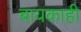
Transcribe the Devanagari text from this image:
बायकाही